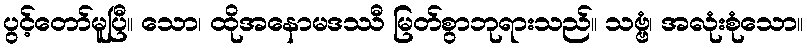
ပွင့်တော်မူပြီ။ သော၊ ထိုအနောမဒဿီ မြတ်စွာဘုရားသည်။ သဗ္ဗံ၊ အလုံးစုံသော။